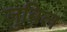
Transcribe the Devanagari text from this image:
जुबिल